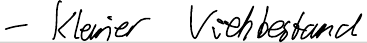
- kleiner Viehbestand